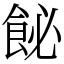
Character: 飶